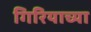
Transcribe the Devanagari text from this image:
गिरियाच्या